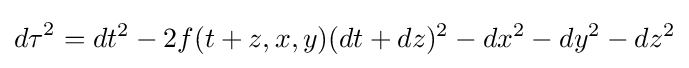
{d\tau }^{2}=dt^{2}-2f(t+z,x,y)(dt+dz)^{2}-dx^{2}-dy^{2}-dz^{2}